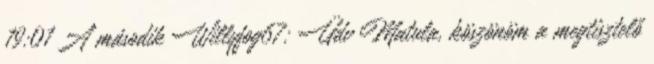
19:01 A második Willyfog67: Üdv Matula, köszönöm a megtisztelő